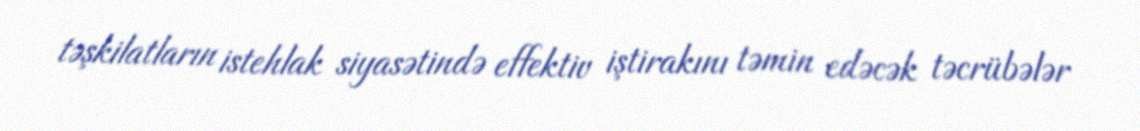
təşkilatların istehlak siyasətində effektiv iştirakını təmin edəcək təcrübələr